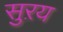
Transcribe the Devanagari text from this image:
सुऱय